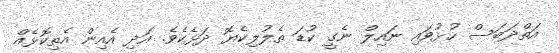
އަތްދަބަސް ހުޅުވައި ނައިލް ނެގީ ކުޑަ ތެލުލިކެޔޮ ދަޅެކެވެ. އަދި އެއިން އެތިކޮޅެއް